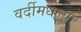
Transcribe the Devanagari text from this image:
वर्दीमधल्या